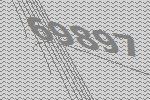
69897